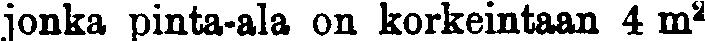
jonka pinta-ala on korkeintaan 4 m²